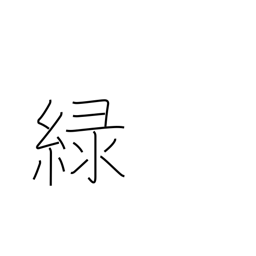
Meaning: green